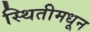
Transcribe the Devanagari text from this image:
स्थितीमधून